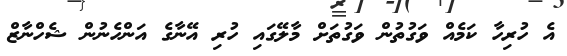
އެ ހުރިހާ ކަމެއް ވަގުތުން ވަގުތަށް މާލޭގައި ހުރި އޭނާގެ އަންހެނުން ޝެހްނާޒް